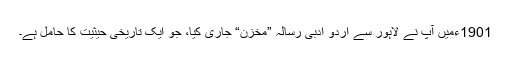
1901ءمیں آپ نے لاہور سے اردو ادبی رسالہ ”مخزن“ جاری کیا، جو ایک تاریخی حیثیت کا حامل ہے۔